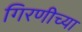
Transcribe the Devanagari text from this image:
गिरणीच्या